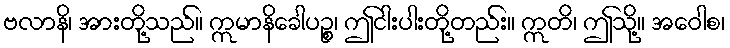
ဗလာနိ၊ အားတို့သည်။ ဣမာနိခေါပဉ္စ၊ ဤငါးပါးတို့တည်း။ ဣတိ၊ ဤသို့။ အဝေါစ၊